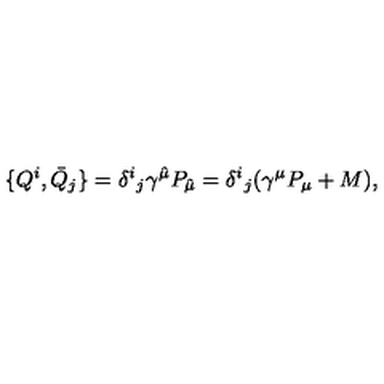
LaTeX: { } \{ Q ^ { i } , \bar { Q } _ { j } \} = \delta ^ { i } { } _ { j } \gamma ^ { \hat { \mu } } P _ { \hat { \mu } } = \delta ^ { i } { } _ { j } ( \gamma ^ { \mu } P _ { \mu } + M ) ,